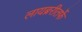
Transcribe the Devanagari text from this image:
लायब्ररीतर्फे